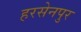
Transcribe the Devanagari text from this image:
हरसेनपुर